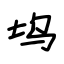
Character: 坞